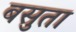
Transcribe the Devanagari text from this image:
बसुता